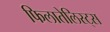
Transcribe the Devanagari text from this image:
फिलातेलिस्ट्स